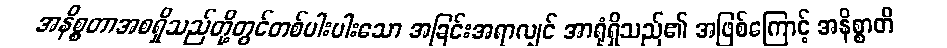
အနိစ္စတာအစရှိသည်တို့တွင်တစ်ပါးပါးသော အခြင်းအရာလျှင် အာရုံရှိသည်၏ အဖြစ်ကြောင့် အနိစ္စာတိ